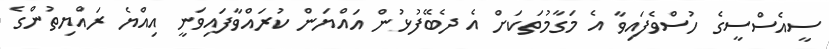
ސީއެސްސީގެ ހުސްވެފައިވާ އެ މަގާމުތަކަށް އެ ދެބޭފުޅުން އައްޔަން ކުރައްވާފައިވަނީ އިއްޔެ ރައްޔިތުންގެ